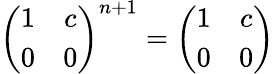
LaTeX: \left({\begin{array}{cc}{1}&{c}\\ {0}&{0}\end{array}}\right)^{n+1}=\left({\begin{array}{cc}{1}&{c}\\ {0}&{0}\end{array}}\right)